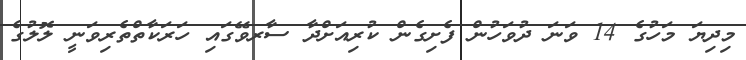
މިދިޔަ މަހުގެ 14 ވަނަ ދުވަހުން ފެށިގެން ކުރިއަށްދާ ސާރވޭގައި ހަރަކާތްތެރިވަނީ ލޮލުގެ